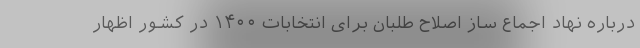
درباره نهاد اجماع ساز اصلاح طلبان برای انتخابات ۱۴۰۰ در کشور اظهار